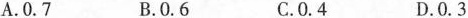
A. 0.7 B. 0.6 C. 0.4 D. 0.3